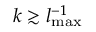
k \gtrsim l _ { \mathrm { m a x } } ^ { - 1 }